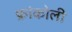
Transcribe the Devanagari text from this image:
फ्रांकोली